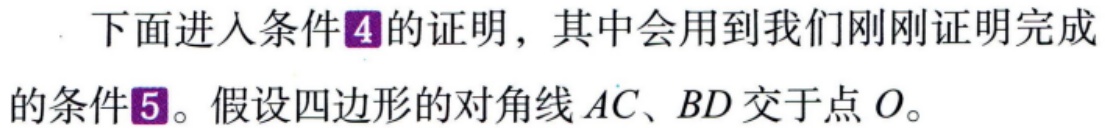
下面进入条件\(4\)的证明，其中会用到我们刚刚证明完成的条件\(5\)。假设四边形的对角线\(AC、BD\)交于点\(O\)。